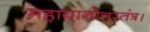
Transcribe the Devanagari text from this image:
महायानोत्तरतंत्र।